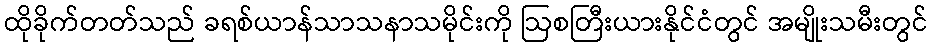
ထိုခိုက်တတ်သည် ခရစ်ယာန်သာသနာသမိုင်းကို ဩစတြီးယားနိုင်ငံတွင် အမျိုးသမီးတွင်